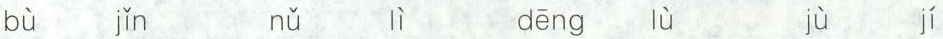
b\grave{u} j\grave{i} n\grave{u} l\grave{i} d\bar{e}ng \grave{u} j\grave{u} j\acute{i}